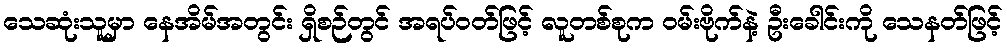
သေဆုံးသူမှာ နေအိမ်အတွင်း ရှိစဉ်တွင် အရပ်ဝတ်ဖြင့် လူတစ်စုက ဝမ်းဗိုက်နဲ့ ဦးခေါင်းကို သေနတ်ဖြင့်